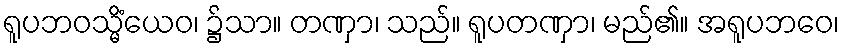
ရူပဘဝသ္မိံယေဝ၊ ၌သာ။ တဏှာ၊ သည်။ ရူပတဏှာ၊ မည်၏။ အရူပဘဝေ၊